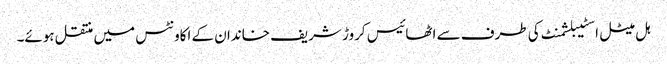
ہل میٹل اسٹیبلشمنٹ کی طرف سے اٹھائیس کروڑ شریف خاندان کے اکاونٹس میں منتقل ہوئے۔